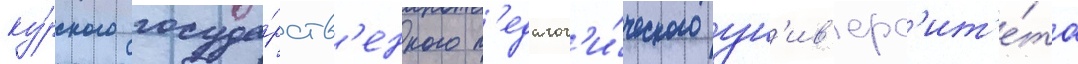
ку́рского госуда́рств'енного п'едагог'и́ческого ун'ив'ерс'ит'е́та